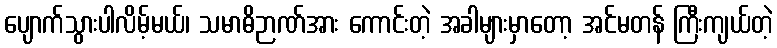
ပျောက်သွားပါလိမ့်မယ်၊ သမာဓိဉာဏ်အား ကောင်းတဲ့ အခါများမှာတော့ အင်မတန် ကြီးကျယ်တဲ့